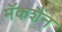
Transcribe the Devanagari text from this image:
मॅकशैन